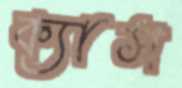
ক্যাস